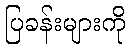
ပြခန်းများကို